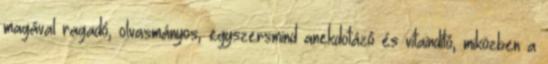
magával ragadó, olvasmányos, egyszersmind anekdotázó és vitaindító, miközben a